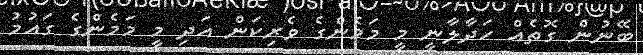
ބޭނުން ގޮތެއް ހަދާލާނީ މީ މަމެންގެ ވެރިކަން އަދި މީ މަމެންގެ ގައުމު